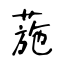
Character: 葹